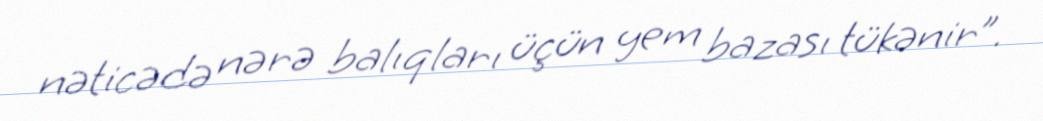
nəticədə nərə balıqları üçün yem bazası tükənir”.